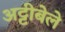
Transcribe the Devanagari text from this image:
अट्टीबेले